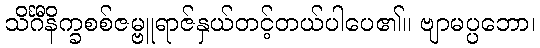
သိင်္ဂီနိက္ခစစ်ဇမ္ဗူရာဇ်နှယ်တင့်တယ်ပါပေ၏။ ဗျာမပ္ပဘော၊